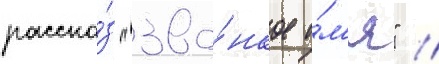
расска́з "зво́нкое и́м'я" //